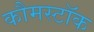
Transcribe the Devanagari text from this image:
कौमस्टॉक